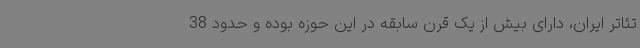
تئاتر ایران، دارای بیش از یک قرن سابقه در این حوزه بوده و حدود 38